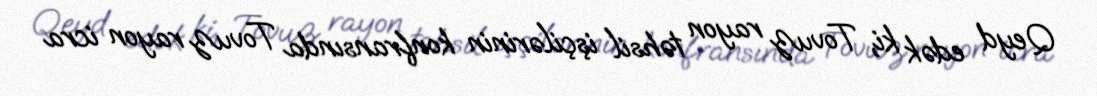
Qeyd edək ki, Tovuz rayon təhsil işçilərinin konfransında Tovuz rayon icra